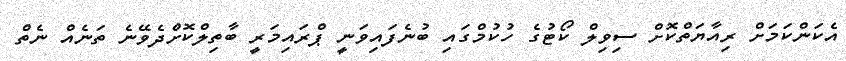
އެކަންކަމަށް ރިއާޔަތްކޮށް ސިވިލް ކޯޓުގެ ހުކުމްގައި ބުނެފައިވަނީ ޕްރައިމަރީ ބާތިލްކޮށްދެވޭނެ ތަނެއް ނެތް